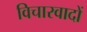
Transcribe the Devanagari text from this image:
विचारवादों